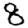
Digit: 8